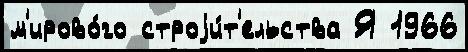
м'ирово́го строjи́т'ельства Я 1966